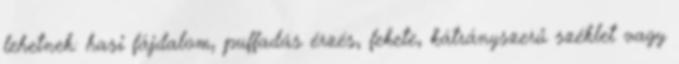
lehetnek: hasi fájdalom, puffadás érzés, fekete, kátrányszerű széklet vagy